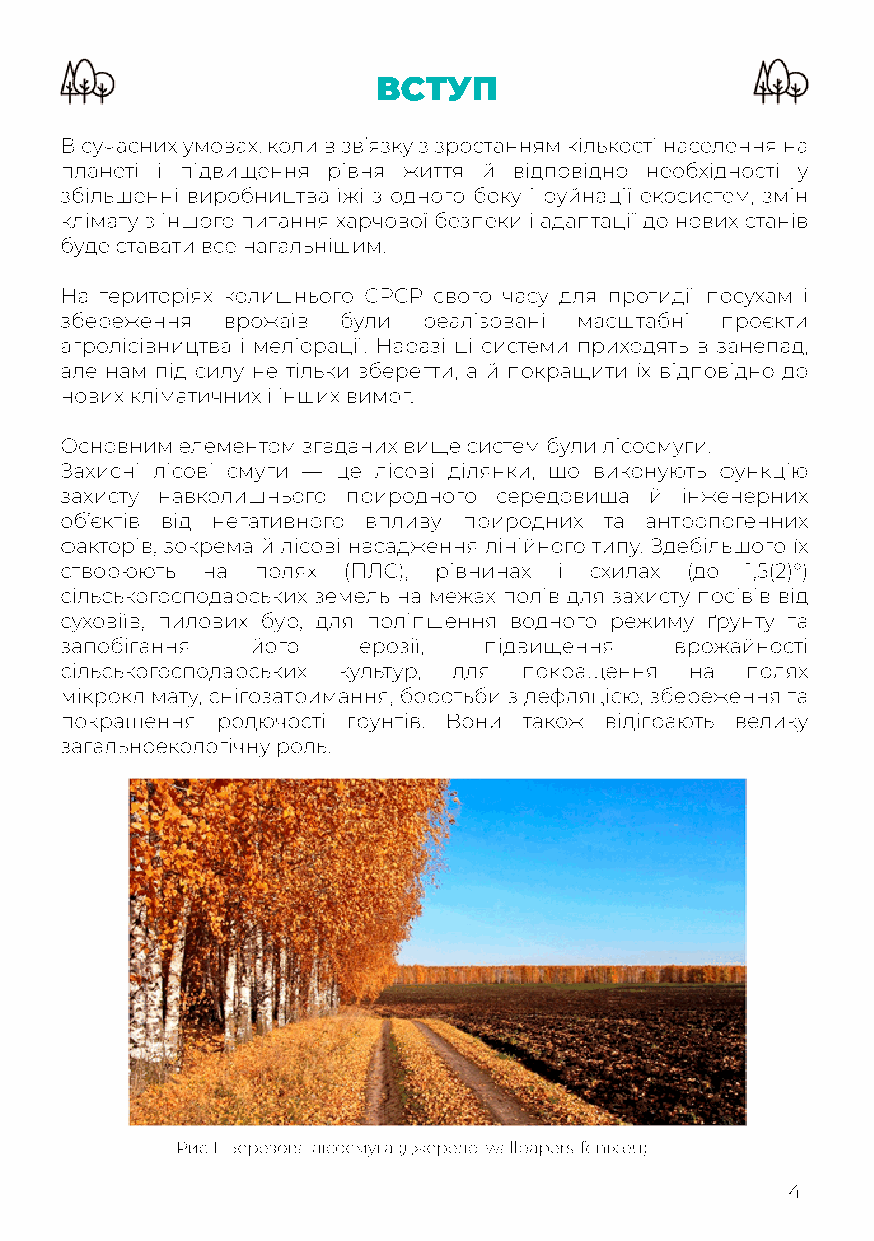
ВСТУП
 В сучасних умовах, коли в зв’язку з зростанням кількості населення на
 планеті і підвищення рівня життя й відповідно необхідності у
 збільшенні виробництва їжі з одного боку і руйнації екосистем, змін
 клімату з іншого питання харчової безпеки і адаптації до нових станів
 буде ставати все нагальнішим.
 ННаа територіях колишнього СРСР свого часу для протидії посухам і
 збереження врожаїв були реалізовані масштабні проєкти
 агролісівництва і меліорації. Наразі ці системи приходять в занепад,
 але нам під силу не тільки зберегти, а й покращити їх відповідно до
 нових кліматичних і інших вимог.
 Основним елементом згаданих вище систем були лісосмуги.
 ЗЗааххиисснніі лісові смуги — це лісові ділянки, що виконують функцію
 захисту навколишнього природного середовища й інженерних
 об’єктів від негативного впливу природних та антропогенних
 факторів, зокрема й лісові насадження лінійного типу. Здебільшого їх
 створюють на полях (ПЛС), рівнинах і схилах (до 1,5(2)°)
 сільськогосподарських земель на межах полів для захисту посівів від
 суховіїв, пилових бур, для поліпшення водного режиму ґрунту та
 ззааппооббііггаанннняя його ерозії, підвищення врожайності
 сільськогосподарських культур, для покращення на полях
 мікроклімату, снігозатримання, боротьби з дефляцією, збереження та
 покращення родючості ґрунтів. Вони також відіграють велику
 загальноекологічну роль.
 Рис 1. Березова лісосмуга (джерело: wallpapers-fenix.eu)
 4